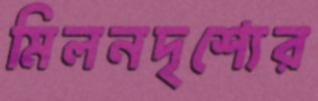
মিলনদৃশ্যের